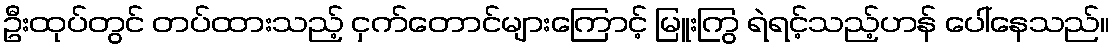
ဦးထုပ်တွင် တပ်ထားသည့် ငှက်တောင်များကြောင့် မြူးကြွ ရဲရင့်သည့်ဟန် ပေါ်နေသည်။